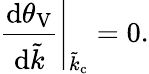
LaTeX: \left.\frac{\mathrm{d}\theta_{\mathrm{V}}}{\mathrm{d}\tilde{k}}\right|_{\tilde{k}_{\mathrm{c}}}=0.